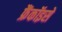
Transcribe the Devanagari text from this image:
फ्रैंकॉइसे